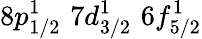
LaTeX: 8p_{1/2}^{1}\, \, 7d_{3/2}^{1}\, \, 6f_{5/2}^{1}